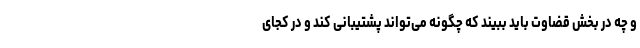
و چه در بخش قضاوت باید ببیند که چگونه می‌تواند پشتیبانی کند و در کجای